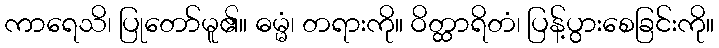
ကာရေသိ၊ ပြုတော်မူ၏။ ဓမ္မံ၊ တရားကို။ ဝိတ္ထာရိတံ၊ ပြန့်ပွားစေခြင်းကို။